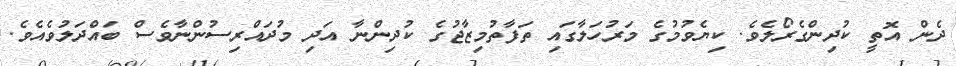
ދެން އޮތީ ކުދިންގެރޯލެވެ. ކިޔެވުމުގެ މަރުހަލާގައި ތަފާތުމިޒާޖުގެ ކުދިންނާ އަދި މުދައްރިސުންނާވެސް ބައްދަލުވެއެވެ.